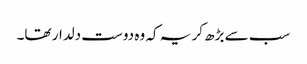
سب سے بڑھ کر یہ کہ وہ دوست دلدار تھا۔